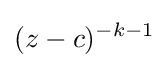
(z-c)^{-k-1}